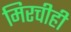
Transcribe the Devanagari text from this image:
मिरचीही